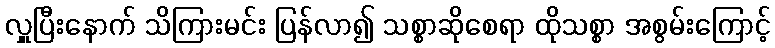
လှူပြီးနောက် သိကြားမင်း ပြန်လာ၍ သစ္စာဆိုစေရာ ထိုသစ္စာ အစွမ်းကြောင့်